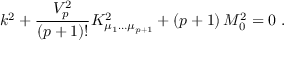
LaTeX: k ^ { 2 } + { \frac { V _ { p } ^ { 2 } } { ( p + 1 ) ! } } K _ { \mu _ { 1 } \dots \mu _ { p + 1 } } ^ { 2 } + ( p + 1 ) \, M _ { 0 } ^ { 2 } = 0 \ .